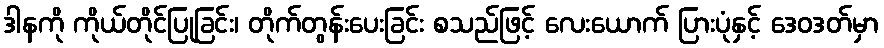
ဒါနကို ကိုယ်တိုင်ပြုခြင်း၊ တိုက်တွန်းပေးခြင်း စသည်ဖြင့် လေးယောက် ပြားပုံနှင့် ဒေဝဒတ်မှာ